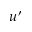
u ^ { \prime }